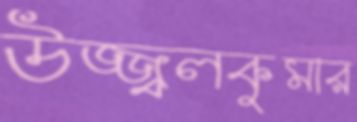
উজ্জ্বলকুমার